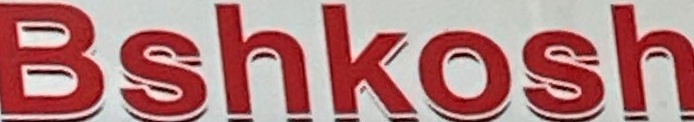
Bshkosh